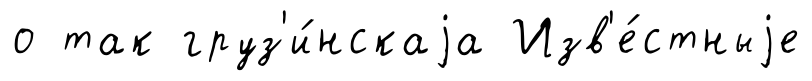
о так груз'и́нскаjа Изв'е́стныjе